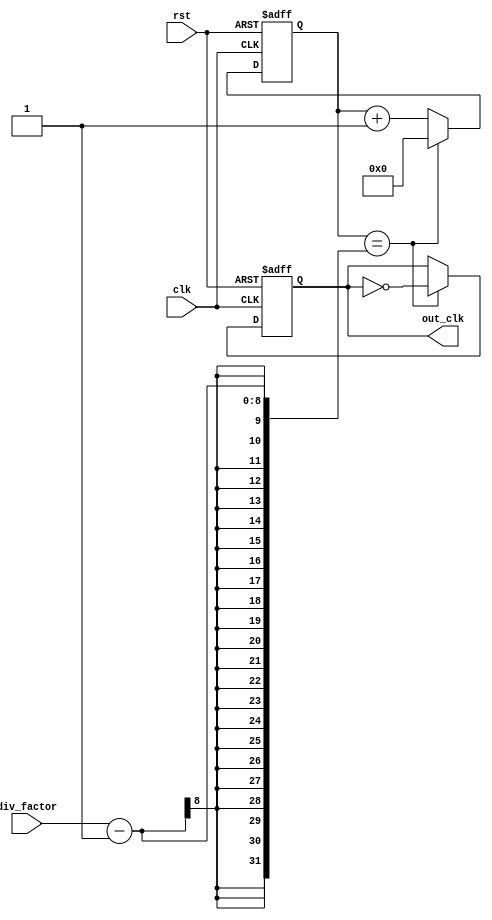
module ripple_counter_clock_divider (
    input clk,
    input rst,
    input [7:0] div_factor,
    output reg out_clk
);

reg [7:0] counter;

always @(posedge clk or posedge rst) begin
    if (rst) begin
        counter <= 8'b0;
        out_clk <= 1'b0;
    end else begin
        counter <= counter + 1;
        if (counter == div_factor-1) begin
            out_clk <= ~out_clk;
            counter <= 8'b0;
        end
    end
end

endmodule